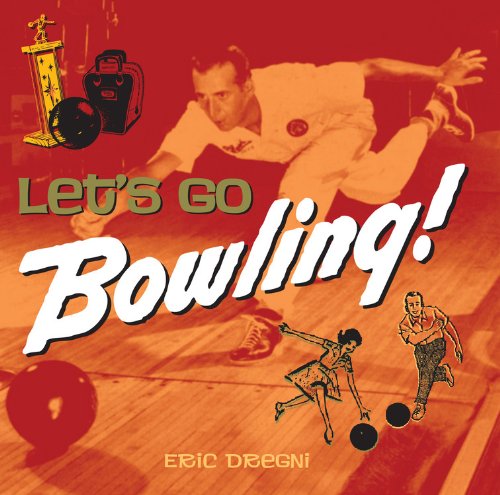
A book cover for Let's Go Bowling; Eric Dregni; Sports & Outdoors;